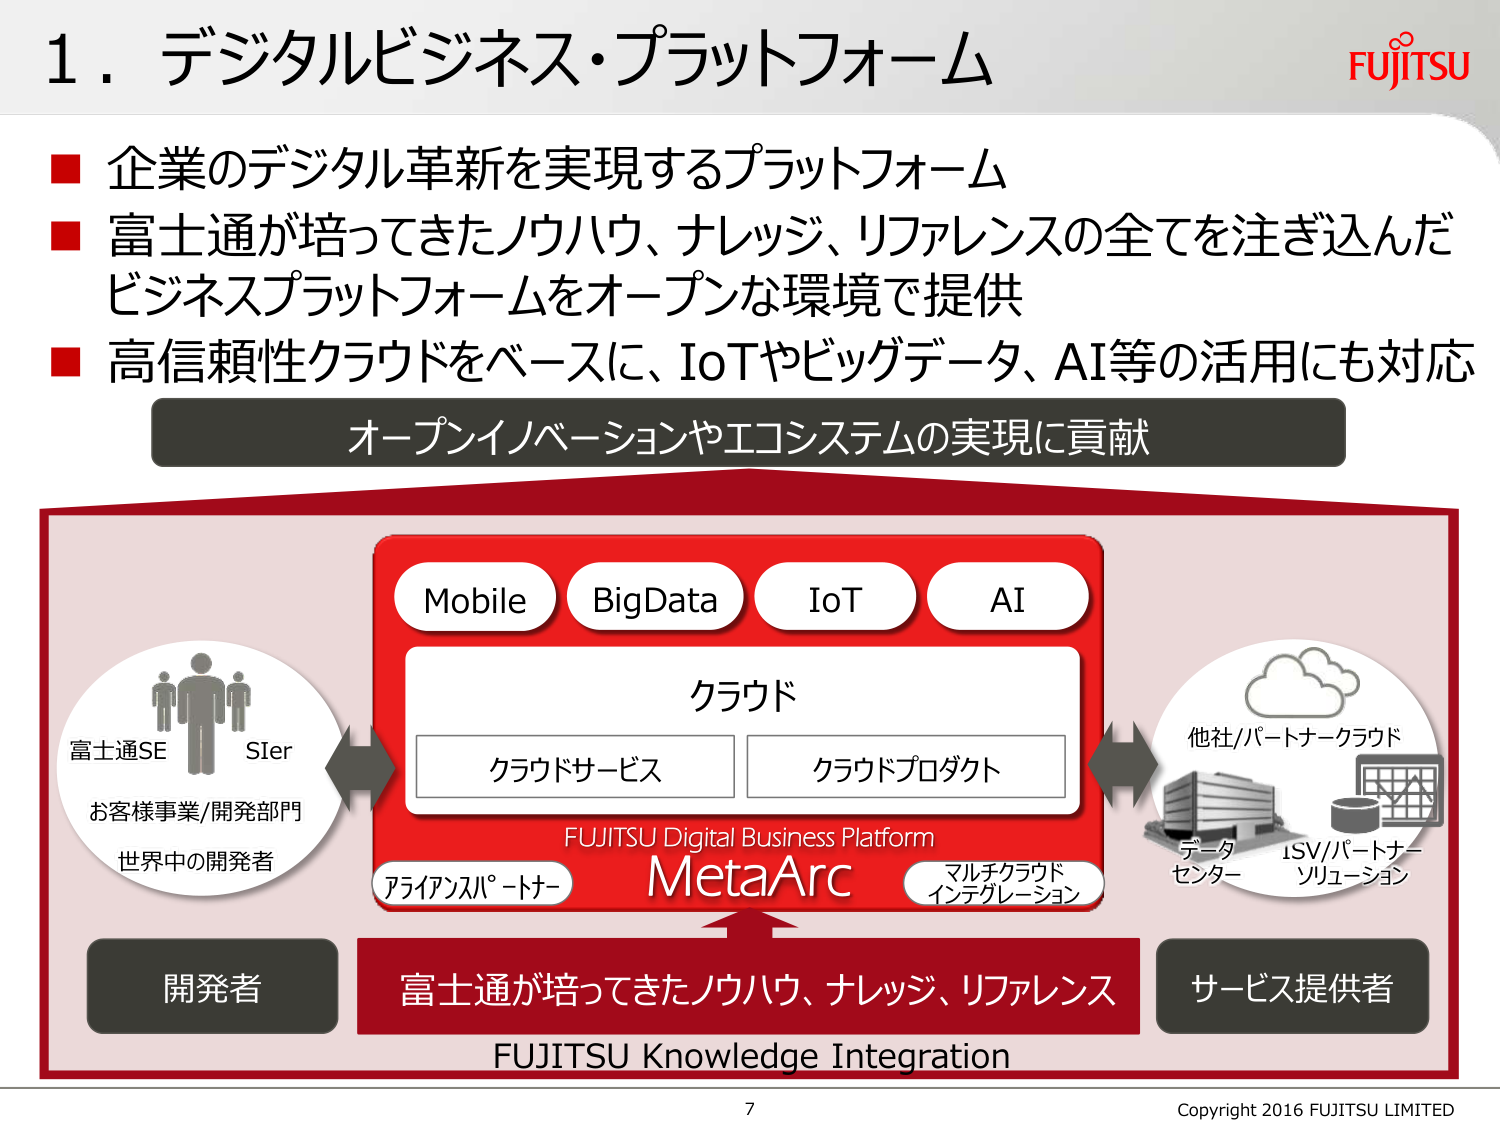
1. デジタルビジネス・プラットフォーム

■ 企業のデジタル革新を実現するプラットフォーム
■ 富士通が培ってきたノウハウ、ナレッジ、リファレンスの全てを注ぎ込んだ
ビジネスプラットフォームをオープンな環境で提供
■ 高信頼性クラウドをベースに、IoTやビッグデータ、AI等の活用にも対応

オープンイノベーションやエコシステムの実現に貢献

Mobile
BigData
IoT
AI

クラウド
クラウドサービス
クラウドプロダクト

FUJITSU Digital Business Platform
MetaArc

アライアンスパートナー
マルチクラウド
インテグレーション

富士通SE
SIer
お客様事業/開発部門
世界中の開発者

開発者

他社/パートナークラウド
データセンター
ISV/パートナーソリューション

サービス提供者

富士通が培ってきたノウハウ、ナレッジ、リファレンス
FUJITSU Knowledge Integration

FUJITSU
Copyright 2016 FUJITSU LIMITED
7